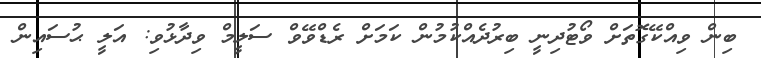
ބިން ވިއްކޭގޮތަށް ވޯޓުދިނީ ބިރުދެއްކުމުން ކަމަށް ރެޑްވޭވް ސަލީމް ވިދާޅުވި: އަލީ ޙުސައިން